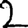
Digit: 2